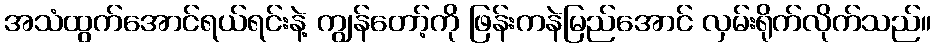
အသံထွက်အောင်ရယ်ရင်းနဲ့ ကျွန်တော့်ကို ဖြန်းကနဲမြည်အောင် လှမ်းရိုက်လိုက်သည်။